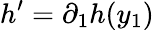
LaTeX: h^{\prime}=\partial_{1}h(y_{1})